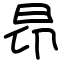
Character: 昂